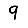
Digit: 9